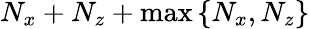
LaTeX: N_{x}+N_{z}+\operatorname*{max}\left\{ N_{x},N_{z}\right\}